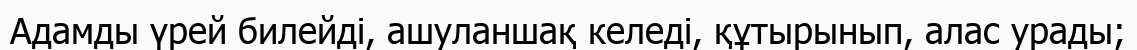
Адамды үрей билейді, ашуланшақ келеді, құтырынып, алас урады;